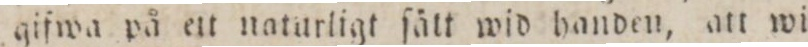
gifwa på ett naturligt ſätt wid handen, att wi